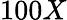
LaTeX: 100X